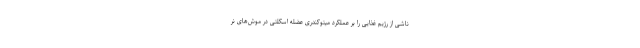
ناشی از رژیم غذایی را بر عملکرد میتوکندری عضله اسکلتی در موش‌های نر